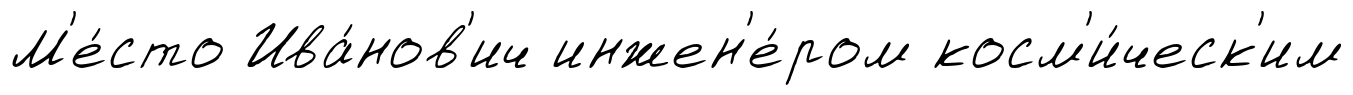
М'е́сто Ива́нов'ич инжен'е́ром косм'и́ческ'им